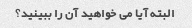
البته آیا می خواهید آن را ببینید؟